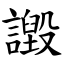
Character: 譭